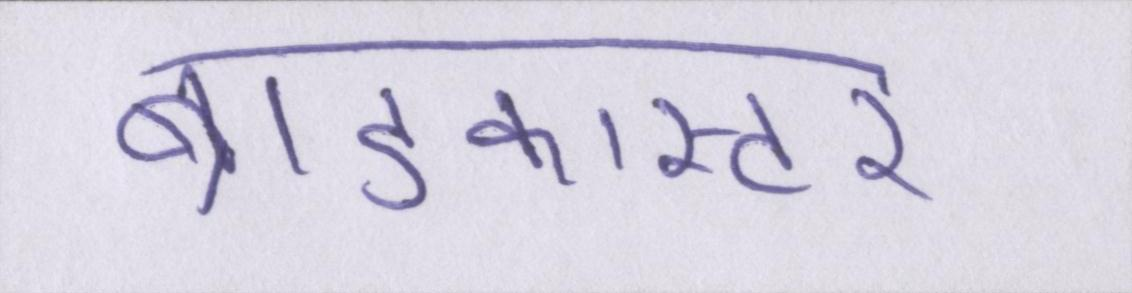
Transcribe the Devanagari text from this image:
ब्राडकास्टर